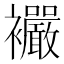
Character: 𧟓